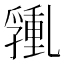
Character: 𰁑